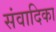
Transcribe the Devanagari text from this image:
संवादिका